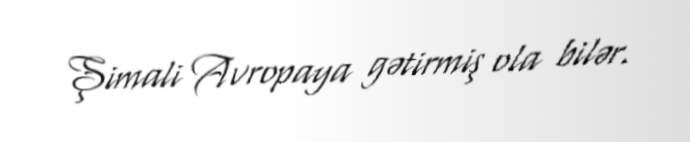
Şimali Avropaya gətirmiş ola bilər.